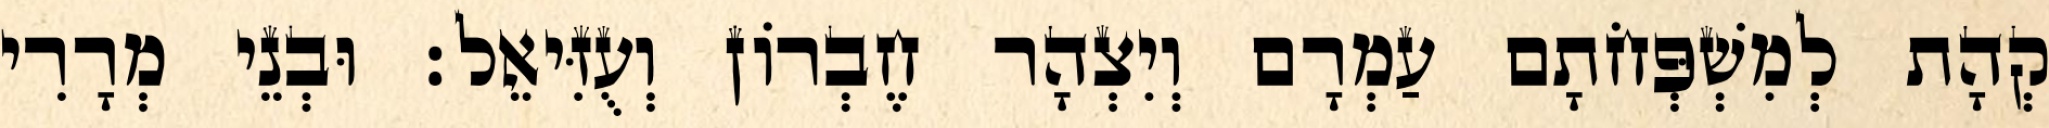
קְהָת לְמִשְׁפְּחֹתָם עַמְרָם וְיִצְהָר חֶבְרוֹן וְעֻזִּיאֵל׃ וּבְנֵי מְרָרִי